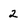
Character: 2